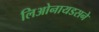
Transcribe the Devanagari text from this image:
लिओनायडसने